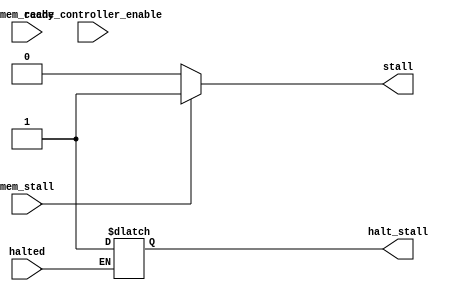
module HazardUnit(
    input halted,
    input mem_stall,
    input cache_controller_enable,
    input mem_ready,
    output reg halt_stall,
    output reg stall
);



    /* verilator lint_off LATCH */
    always @(halted, cache_controller_enable, mem_ready)
    begin
        if (halted)
            halt_stall = 1;

        if(mem_stall)
        begin
            stall = 1;
        end
        else
        begin
            stall = 0;
        end
    end


endmodule